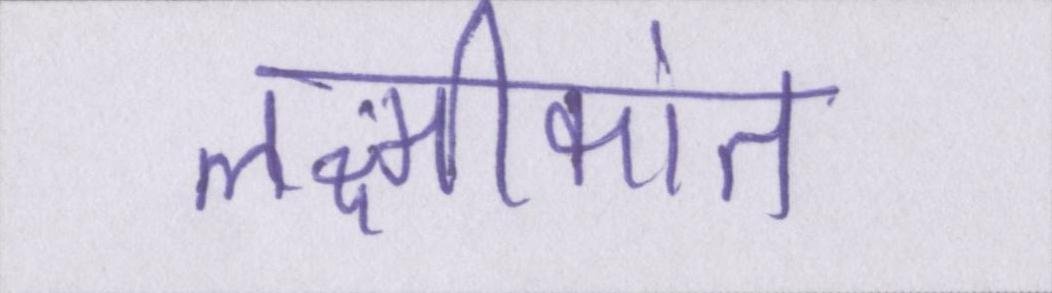
लक्ष्मीकांत